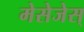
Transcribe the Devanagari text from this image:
मेसेजेस्